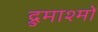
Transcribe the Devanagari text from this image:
द्रुमाश्मों